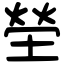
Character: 塋